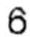
6